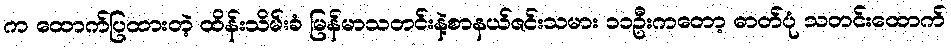
က ထောက်ပြထားတဲ့ ထိန်းသိမ်းခံ မြန်မာသတင်းနဲ့စာနယ်ဇင်းသမား ၁၁ဦးကတော့ ဓာတ်ပုံ သတင်းထောက်